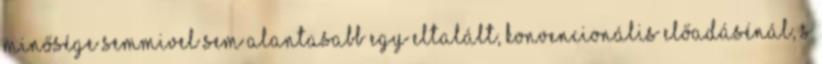
minősége semmivel sem alantasabb egy eltalált, konvencionális előadásénál, s